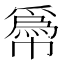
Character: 𢅌